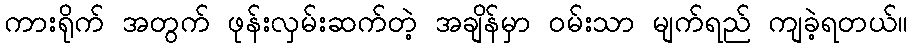
ကားရိုက် အတွက် ဖုန်းလှမ်းဆက်တဲ့ အချိန်မှာ ဝမ်းသာ မျက်ရည် ကျခဲ့ရတယ်။